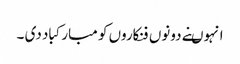
انہوںنے دونوں فنکاروں کو مبارکباد دی ۔